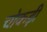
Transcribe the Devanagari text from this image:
चोकड़ी